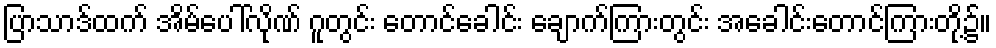
ပြာသာဒ်ထက် အိမ်ပေါ်လိုဏ် ဂူတွင်း တောင်ခေါင်း ချောက်ကြားတွင်း အခေါင်းတောင်ကြားတို့၌။